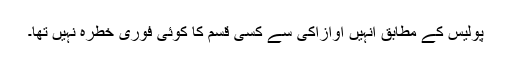
پولیس کے مطابق انہیں اوازاکی سے کسی قسم کا کوئی فوری خطرہ نہیں تھا۔